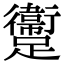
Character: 躛